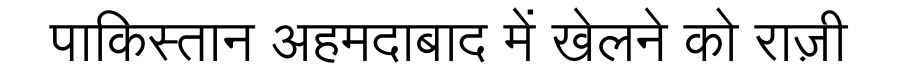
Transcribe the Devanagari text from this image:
पाकिस्तान अहमदाबाद में खेलने को राज़ी